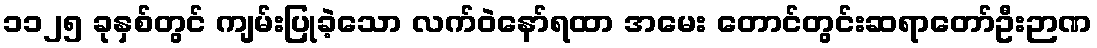
၁၁၂၅ ခုနှစ်တွင် ကျမ်းပြုခဲ့သော လက်ဝဲနော်ရထာ အမေး တောင်တွင်းဆရာတော်ဦးဉာဏ